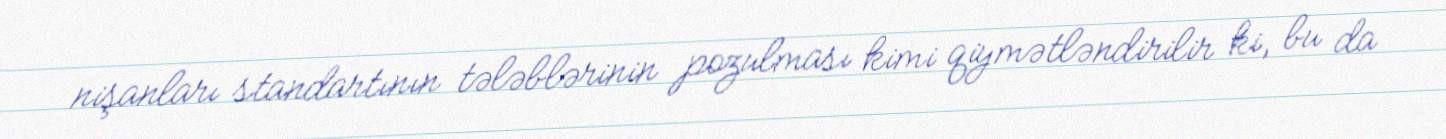
nişanları standartının tələblərinin pozulması kimi qiymətləndirilir ki, bu da